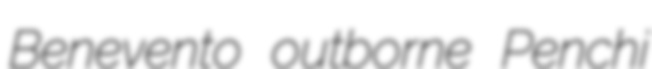
Benevento outborne Penchi